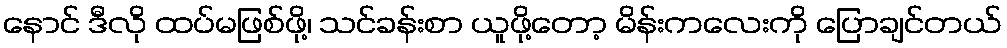
နောင် ဒီလို ထပ်မဖြစ်ဖို့၊ သင်ခန်းစာ ယူဖို့တော့ မိန်းကလေးကို ပြောချင်တယ်